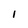
Character: l